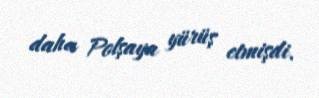
daha Polşaya yürüş etmişdi.